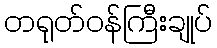
တရုတ်ဝန်ကြီးချုပ်